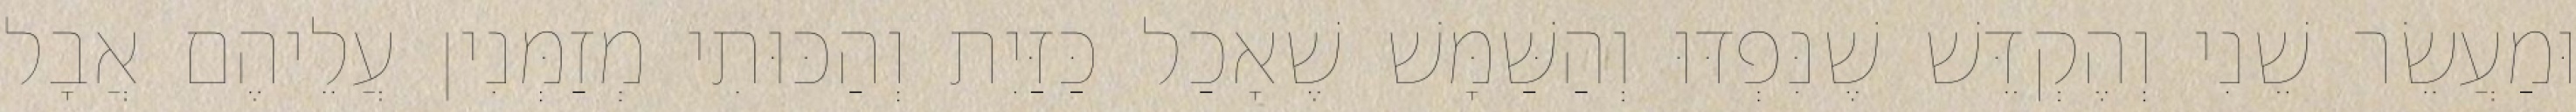
וּמַעֲשֵׂר שֵׁנִי וְהֶקְדֵּשׁ שֶׁנִּפְדּוּ וְהַשַּׁמָּשׁ שֶׁאָכַל כַּזַּיִת וְהַכּוּתִי מְזַמְּנִין עֲלֵיהֶם אֲבָל